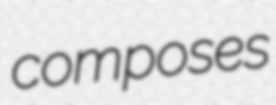
composes